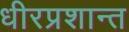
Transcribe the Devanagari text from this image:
धीरप्रशान्त